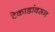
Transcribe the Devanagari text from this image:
टेकाडांवरून